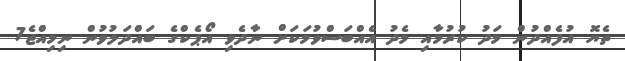
ތެޔޮ އުފެއްދުން މަދު ކުރުމާއި މެދު އެއްބަސްވުމަކަށް ނާދެވި އޯޕެކްގެ ބައްދަލުވުން ނިމިއްޖެ7